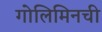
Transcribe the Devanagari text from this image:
गोलिमिनची